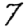
Digit: 7